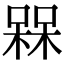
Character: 槑